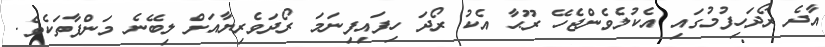
އާދެ ރޯދަހިފުމުގައި އެކުލެވެންޖެހޭ ރޫޙާ އެކު ރޯދަ ހިފައިފިނަމަ ރޯދަވެރިޔާއަށް ލިބޭނެ މަންފާތަކެވެ.